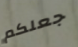
جعلكم